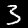
Label: 3